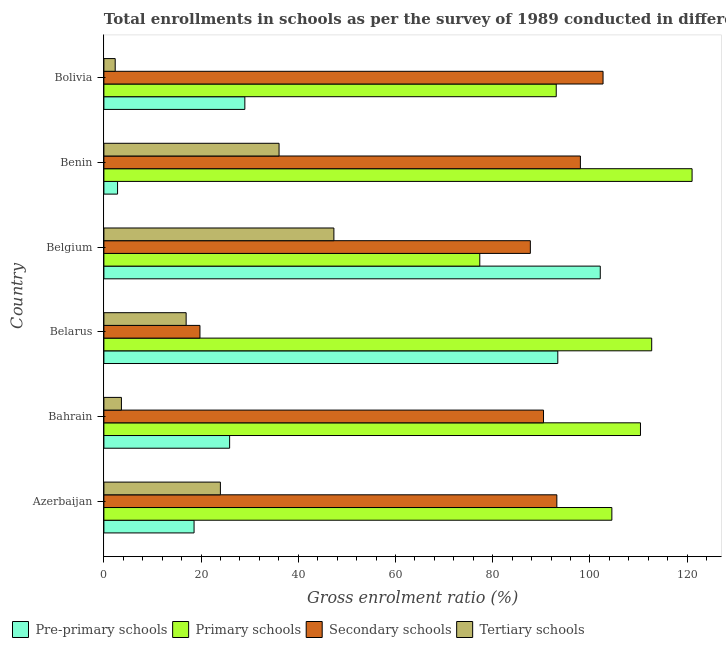
| Country | Pre-primary schools | Primary schools | Secondary schools | Tertiary schools |
 | --- | --- | --- | --- | --- |
 | Azerbaijan | 18.6 | 105 | 93.2 | 24 |
 | Bahrain | 25.9 | 110 | 90.5 | 3.61 |
 | Belarus | 93.4 | 113 | 19.8 | 16.9 |
 | Belgium | 102 | 77.3 | 87.7 | 47.3 |
 | Benin | 2.81 | 121 | 98 | 36 |
 | Bolivia | 29 | 93.1 | 103 | 2.33 |